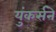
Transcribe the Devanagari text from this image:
युंकर्सने